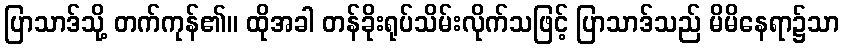
ပြာသာဒ်သို့ တက်ကုန်၏။ ထိုအခါ တန်ခိုးရုပ်သိမ်းလိုက်သဖြင့် ပြာသာဒ်သည် မိမိနေရာ၌သာ